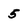
Character: 5